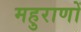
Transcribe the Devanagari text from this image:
महुराणों